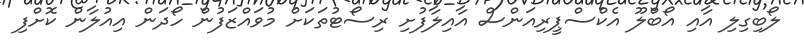
ލޯބިގިލި އާއި އޯބްލޫ އެކްސްޕީރިއަންސް އާއިލާފުށި ރިސޯޓުތަކަށް މުވައްޒަފުން ހޯދަން އިއުލާން ކޮށްފި